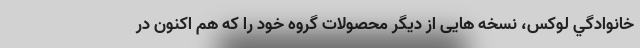
خانوادگي لوکس، نسخه هایی از دیگر محصولات گروه خود را که هم اکنون در